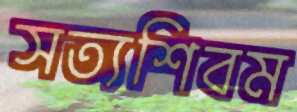
সত্যশিবম